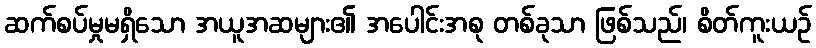
ဆက်စပ်မှုမရှိသော အယူအဆများ၏ အပေါင်းအစု တစ်ခုသာ ဖြစ်သည်၊ စိတ်ကူးယဉ်